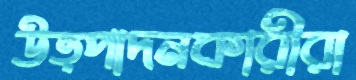
উত্পাদনকারীরা